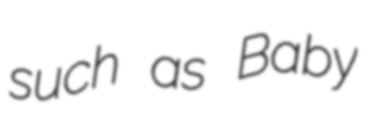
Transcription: such as Baby